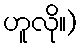
ဟူလို။)